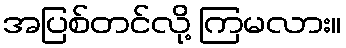
အပြစ်တင်လို့ ကြမလား။